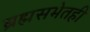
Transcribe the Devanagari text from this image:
ब्रह्मसभेतही